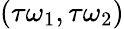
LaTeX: (\tau\omega_{1},\tau\omega_{2})